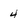
Character: 4